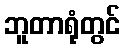
ဘူတာရုံတွင်